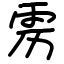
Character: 雳